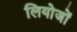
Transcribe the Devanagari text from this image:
लियोजों